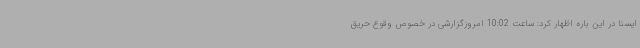
ایسنا در این باره اظهار کرد: ساعت 10:02 امروزگزارشی در خصوص وقوع حریق